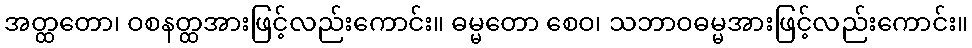
အတ္ထတော၊ ဝစနတ္ထအားဖြင့်လည်းကောင်း။ ဓမ္မတော စေဝ၊ သဘာဝဓမ္မအားဖြင့်လည်းကောင်း။